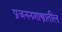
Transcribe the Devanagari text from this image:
प्रजननशास्त्रातील